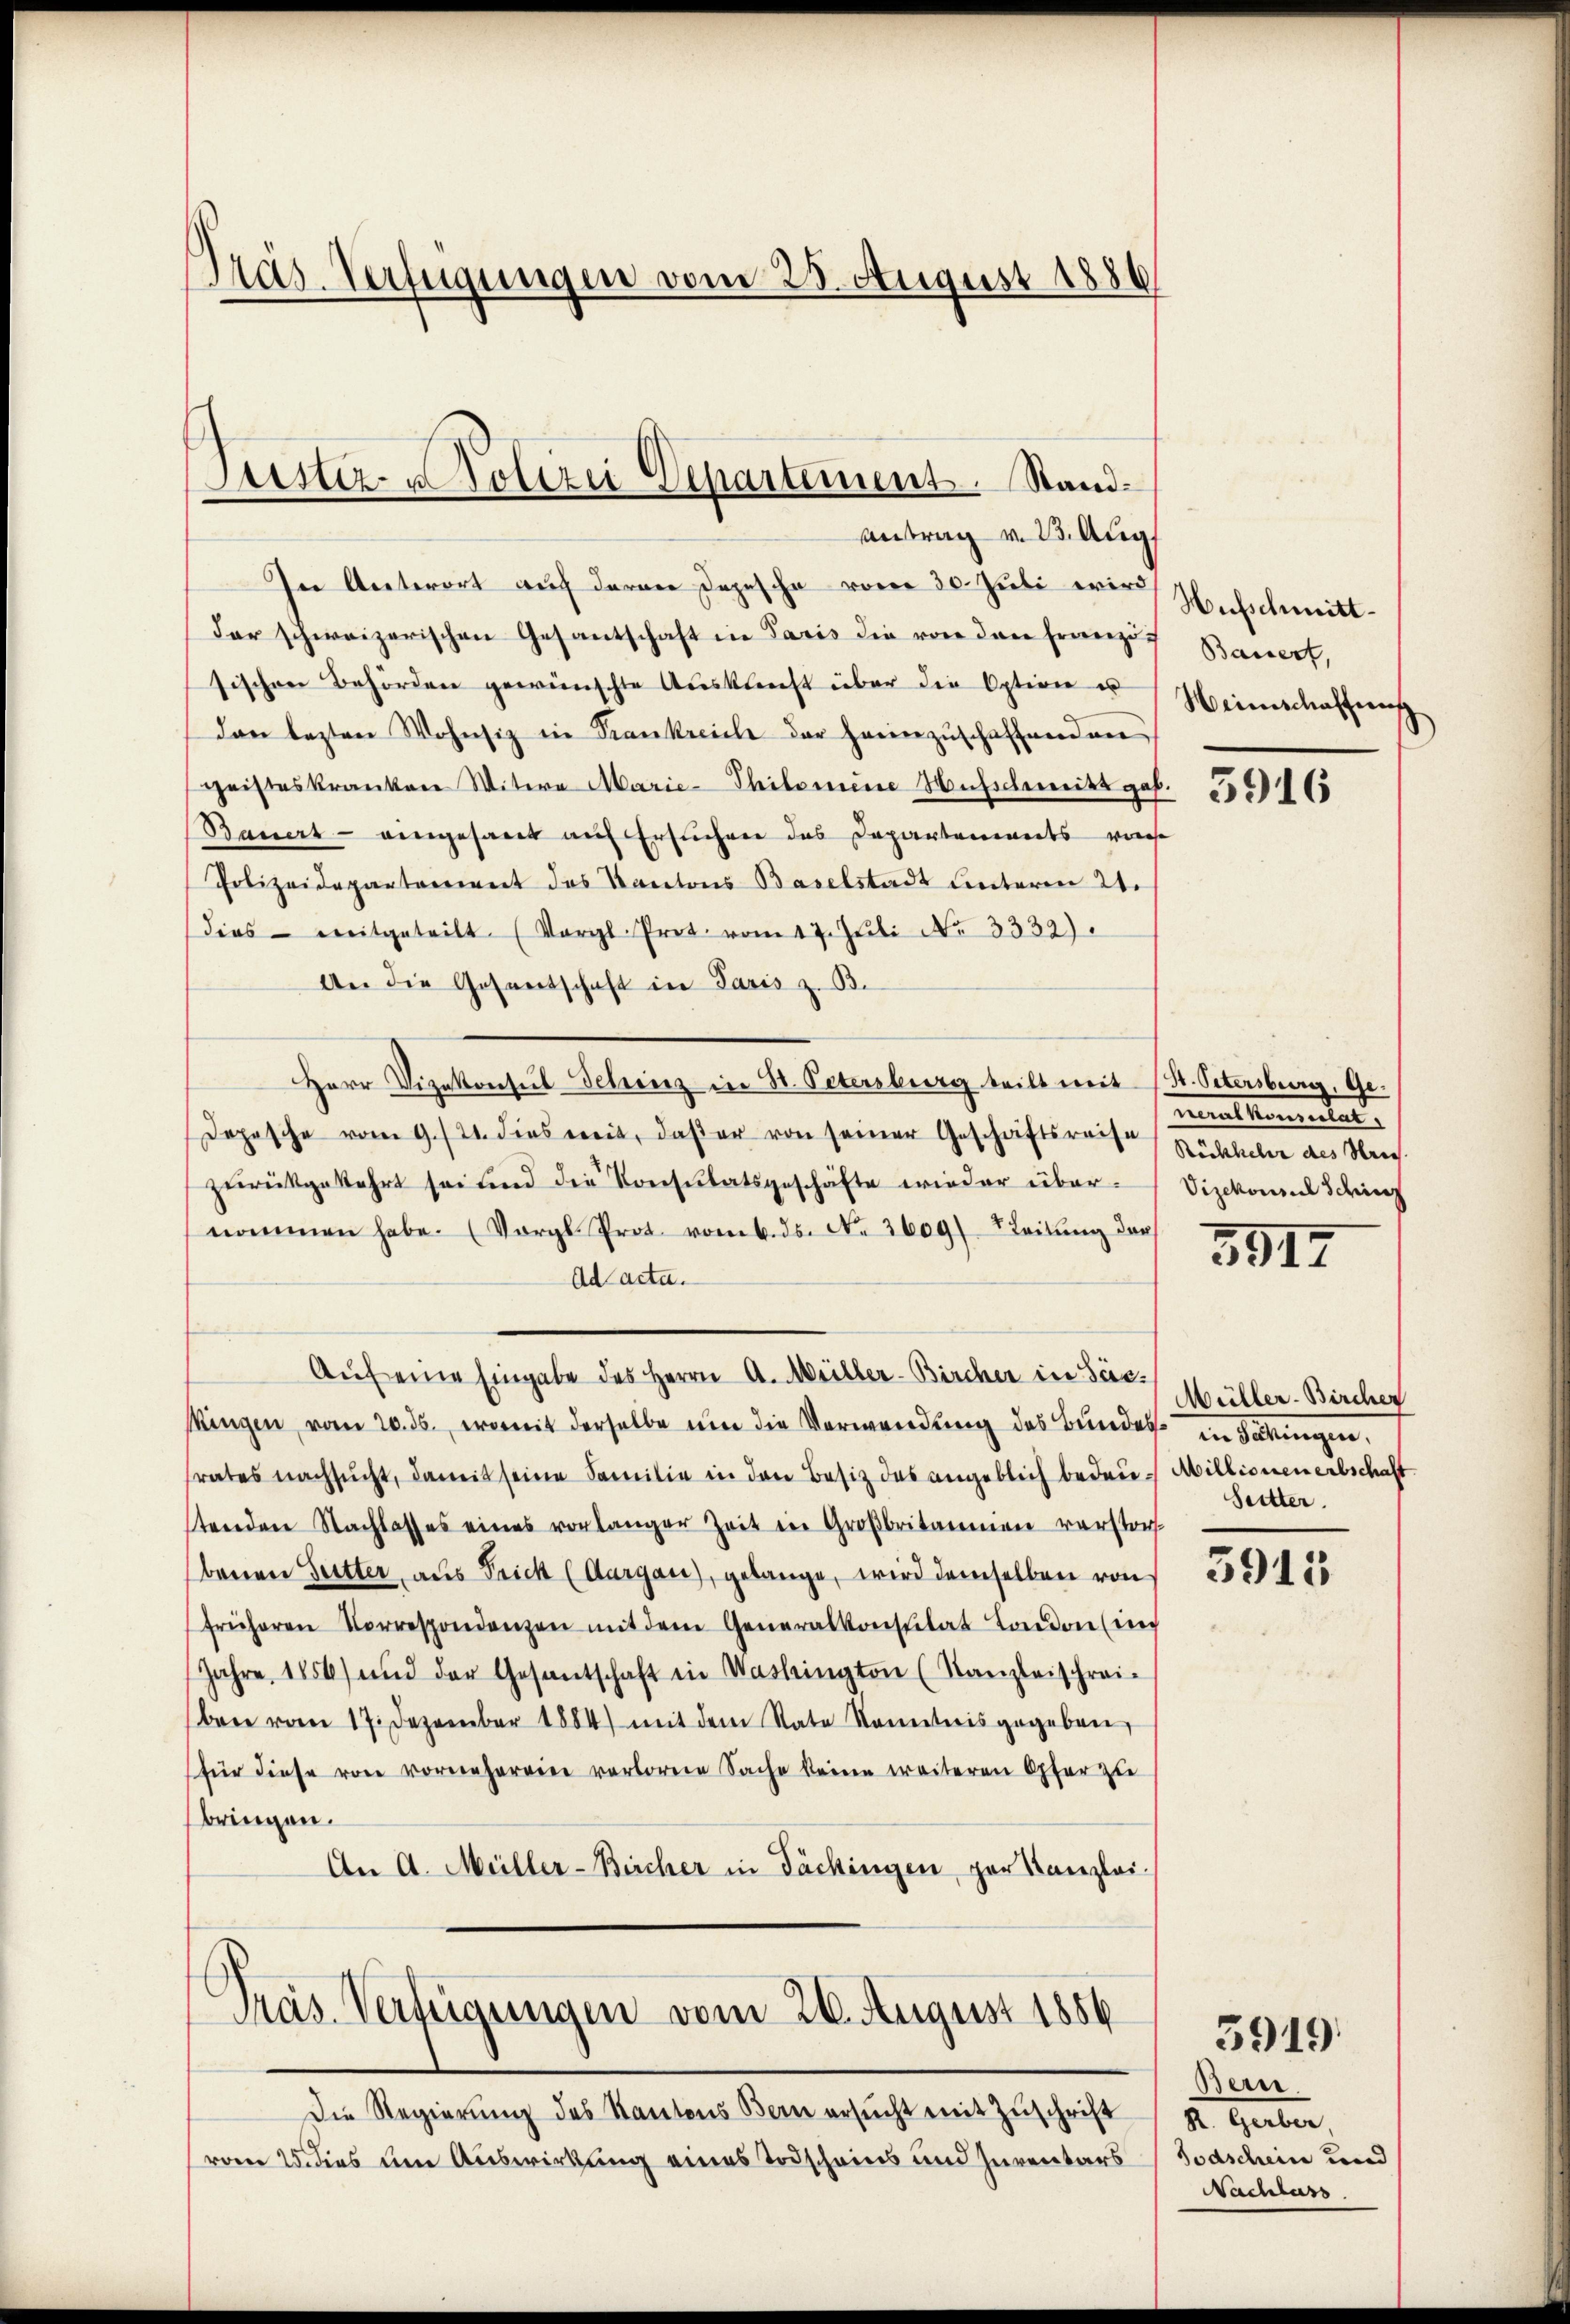
Pras-Verfügungen vom 25. August 1886

In Unterort auf deren Depesche vom 30. Juli wir Hufschmittder schweizerischen Gesantschaft in Paris die von den Franzig
sischen Behörden gewünschte Aŭskŭnft über die Option u Heimschaffens
dan lezten Wohnsiz in Trankreiche der herzŭschaffenden
geisteskranken Witere Marie-Thilomine Hufschweiht gab.
Bauert - eingesant auf Ersuchen das Departenwarts weise
Polizeidepartement des Kantons Baselstadt unterm 21.
dies mitgeteilt. (Vergl. Prot. vom 17. Jŭli No 3332).
An die Gesandschaft in Paris z. B.
Herr Vizekonsul Schinz in St. Petersburg teilt mit St. Petersberg, Ge¬
Depesche vom 9./21. dies weit, daβ er von seiner Geschäftsreise
zŭrückgekehrt sei und die Konsulatsgeschäfte wieder über Vizekonsul Sching
nommen habe. (Vorgl. Prot. vom 6. ds. No. 2609. Seitŭng der
Ad acta.
Aŭf eine Eingabe des Herrn A. Meiller-Bircher in See¬
Mingen vom 20. ds. womit derselbe um die Verwendung des Bundes in Säkingen.
rates nachsucht, damit seine Familie in den Besitz des angeblich bedeu- Millionen erbschaft
stenden Nachlasses eines vorlanger Zeit in Großbritannien verstorf
(benen Sutter, aus Frick (Aargau), gelange, wird demselben von
früheren Vorrespondenzen mit dem Generalkonstitat London (ich
Jahre 1856) und der Gesantschaft in Washington (Kanzleischrei-
ben vom 17. Dezember 1884) mit dem Rate Nametris gegeben,
für diese von vornehereine verlorene Sache keine weiteren Opfer zu
bringen.
An A. Müller-Bircher in Täckingen zur Kanzlei.

Sitter- Polizei Departement. Stand¬
Antrag v. 23. Aug.

Präs. Verfügungen vom 26. August 1856

Die Regierung des Kantons Bern ersucht mit Zuschrift St. Gerber
vom 25. dies um Auswirkung eines Todscheins und Inventars

Bauert,

5916

ualkommenten
Rückkehr des Strich.

3517

Müller-Bircher
Seitter.

3915

Bern.
Todschein und
Nachlass

3919.